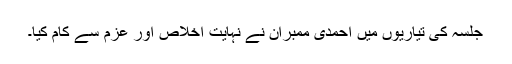
جلسہ کی تیاریوں میں احمدی ممبران نے نہایت اخلاص اور عزم سے کام کیا۔